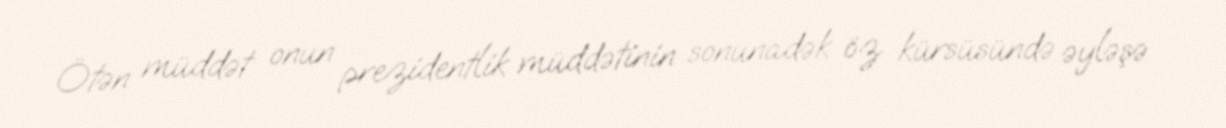
Ötən müddət onun prezidentlik müddətinin sonunadək öz kürsüsündə əyləşə